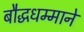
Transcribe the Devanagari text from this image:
बौद्धधम्माने